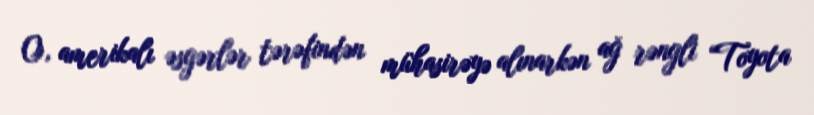
O, amerikalı əsgərlər tərəfindən mühasirəyə alınarkən ağ rəngli “Toyota